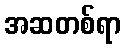
အဆတစ်ရာ